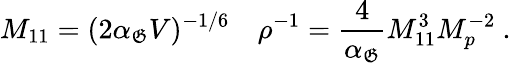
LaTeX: M_{11}=(2\alpha_{\mathfrak{G}}V)^{-1/6}\quad\rho^{-1}={\frac{{4}}{{\alpha_{\mathfrak{G}}}}}M_{11}^{3}M_{p}^{-2}\ .